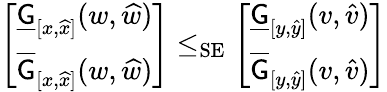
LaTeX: \begin{array}{r}{\left[\begin{array}{l}{\underline{{\mathsf{G}}}_{[x,\widehat{x}]}(w,\widehat{w})}\\ {\overline{{\mathsf{G}}}_{[x,\widehat{x}]}(w,\widehat{w})}\end{array}\right]\le_{\mathrm{SE}}\left[\begin{array}{l}{\underline{{\mathsf{G}}}_{[y,\widehat{y}]}(v,\widehat{v})}\\ {\overline{{\mathsf{G}}}_{[y,\widehat{y}]}(v,\widehat{v})}\end{array}\right]}\end{array}